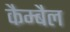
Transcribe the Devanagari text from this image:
कैम्बैल